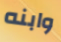
وابنه